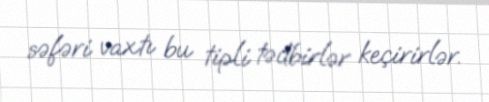
səfəri vaxtı bu tipli tədbirlər keçirirlər.